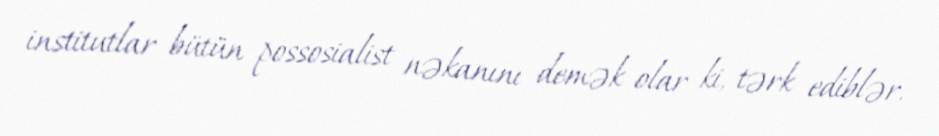
institutlar bütün possosialist nəkanını demək olar ki, tərk ediblər.